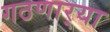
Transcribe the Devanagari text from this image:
गठणार्‍या